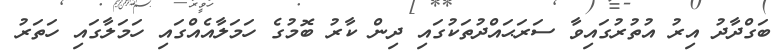
ބަގްދާދު އިރު އުތުރުގައިވާ ސަރަޙައްދުތަކުގައި ދިން ކާރު ބޮމުގެ ހަމަލާއެއްގައި ހަމަލާގައި ހަތަރު